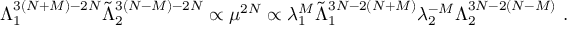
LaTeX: \Lambda _ { 1 } ^ { 3 ( N + M ) - 2 N } \tilde { \Lambda } _ { 2 } ^ { 3 ( N - M ) - 2 N } \propto \mu ^ { 2 N } \propto \lambda _ { 1 } ^ { M } \tilde { \Lambda } _ { 1 } ^ { 3 N - 2 ( N + M ) } \lambda _ { 2 } ^ { - M } \Lambda _ { 2 } ^ { 3 N - 2 ( N - M ) } \ .